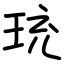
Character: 珫